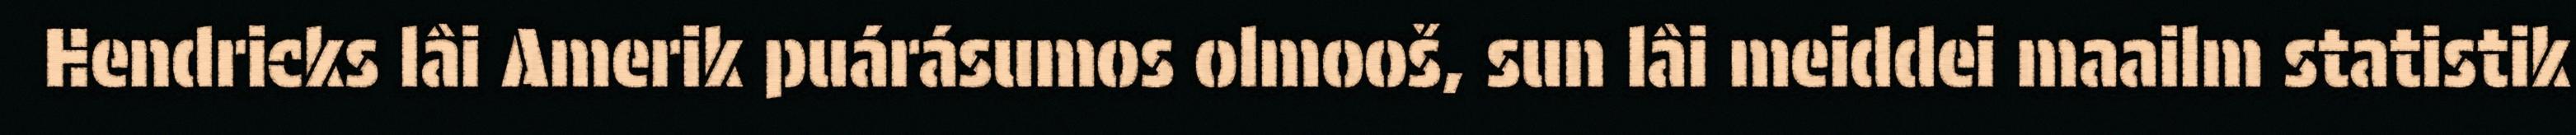
Hendricks lâi Amerik puárásumos olmooš, sun lâi meiddei maailm statistik